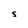
Character: s